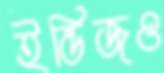
ইন্ডিজও